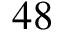
4 8